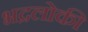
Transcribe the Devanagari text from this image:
भद्रलोकी